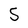
Character: 5